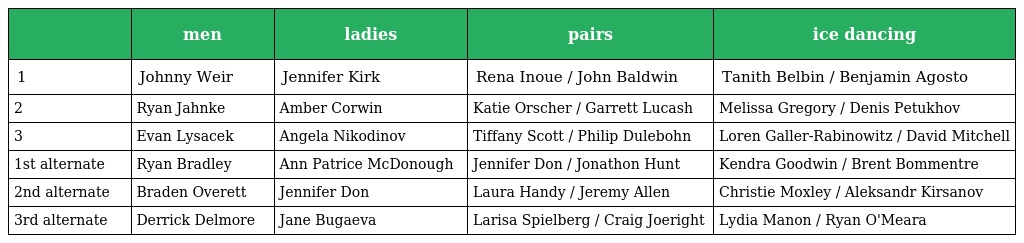
|  | men | ladies | pairs | ice dancing |
 | --- | --- | --- | --- | --- |
 | 1 | Johnny Weir | Jennifer Kirk | Rena Inoue / John Baldwin | Tanith Belbin / Benjamin Agosto |
 | 2 | Ryan Jahnke | Amber Corwin | Katie Orscher / Garrett Lucash | Melissa Gregory / Denis Petukhov |
 | 3 | Evan Lysacek | Angela Nikodinov | Tiffany Scott / Philip Dulebohn | Loren Galler-Rabinowitz / David Mitchell |
 | 1st alternate | Ryan Bradley | Ann Patrice McDonough | Jennifer Don / Jonathon Hunt | Kendra Goodwin / Brent Bommentre |
 | 2nd alternate | Braden Overett | Jennifer Don | Laura Handy / Jeremy Allen | Christie Moxley / Aleksandr Kirsanov |
 | 3rd alternate | Derrick Delmore | Jane Bugaeva | Larisa Spielberg / Craig Joeright | Lydia Manon / Ryan O'Meara |